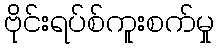
ဗိုင်းရပ်စ်ကူးစက်မှု